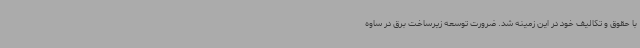
با حقوق و تکالیف خود در این زمینه شد. ضرورت توسعه زیرساخت برق در ساوه